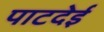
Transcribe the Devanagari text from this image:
पाटदेई